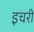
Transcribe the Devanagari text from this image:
इचरी